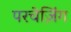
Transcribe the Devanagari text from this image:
परचेज़िंग